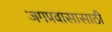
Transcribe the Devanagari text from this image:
जगप्रवासासाठी